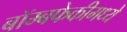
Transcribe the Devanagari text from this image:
बॉम्बफेकीमध्ये